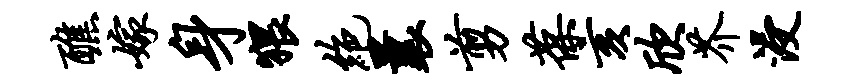
醮嫁身猥绝曩剪葆亥欣芥浸